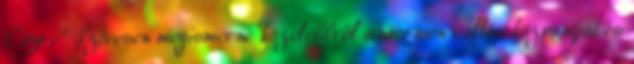
Cityre? Szívesen megismerné közelebbről a mormon vallás központját és